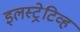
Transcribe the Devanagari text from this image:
इलस्ट्रेटिव्ह